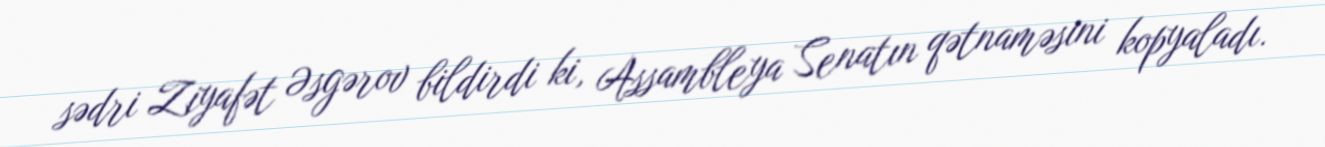
sədri Ziyafət Əsgərov bildirdi ki, Assambleya Senatın qətnaməsini kopyaladı.